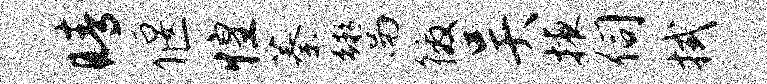
睛偃惶蓁鬻徼吴掖伺拭